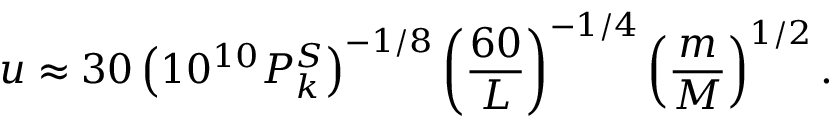
u \approx 3 0 \left( 1 0 ^ { 1 0 } P _ { k } ^ { S } \right) ^ { - 1 / 8 } \left( { \frac { 6 0 } { L } } \right) ^ { - 1 / 4 } \left( { \frac { m } { M } } \right) ^ { 1 / 2 } .